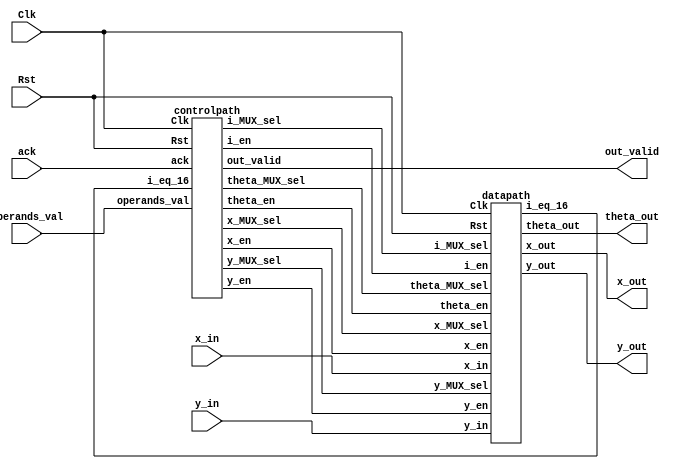

module CORDDICvectoring(
  input signed [15:0] x_in, y_in,
    input operands_val,
    input Clk, Rst, ack,
    output signed [15:0] x_out, y_out, theta_out,
    output out_valid
);

    wire x_MUX_sel, y_MUX_sel, theta_MUX_sel, i_MUX_sel, x_en, y_en, theta_en, i_en;
    wire i_eq_16;


    datapath d1 (
        .x_in(x_in),
        .y_in(y_in),
        .Clk(Clk),
      	.Rst(Rst),
        .x_MUX_sel(x_MUX_sel),
        .y_MUX_sel(y_MUX_sel),
        .theta_MUX_sel(theta_MUX_sel),
        .i_MUX_sel(i_MUX_sel),
        .x_en(x_en),
        .y_en(y_en),
        .theta_en(theta_en),
        .i_en(i_en),
        .x_out(x_out),
        .y_out(y_out),
        .theta_out(theta_out),
        .i_eq_16(i_eq_16)
    );
        
    controlpath c1 (
        .ack(ack),
        .Rst(Rst),
        .Clk(Clk),
        .operands_val(operands_val),
        .i_eq_16(i_eq_16),
        .x_MUX_sel(x_MUX_sel),
        .y_MUX_sel(y_MUX_sel),
        .theta_MUX_sel(theta_MUX_sel),
        .i_MUX_sel(i_MUX_sel),
        .x_en(x_en),
        .y_en(y_en),
        .theta_en(theta_en),
        .i_en(i_en),
        .out_valid(out_valid)
    );

endmodule



//Datapath

module datapath(
  input signed [15:0] x_in, y_in, 
	input Clk, Rst,
	input x_MUX_sel, y_MUX_sel, theta_MUX_sel, i_MUX_sel, x_en, y_en, theta_en, i_en,
	output reg signed [15:0] x_out, y_out, theta_out,
	output i_eq_16
	);
	
	wire signed [15:0] x_MUX_out, y_MUX_out, theta_MUX_out, x_i, y_i;
	reg signed [15:0] x, y, theta, atan_out;
	reg [3:0] i;
  
	// Look Up Table

	always @(*)
		begin
          case(i)
				4'b0000: atan_out <= 16'b0011001001000100;
    				4'b0001: atan_out <= 16'b0001110110101100;
    				4'b0010: atan_out <= 16'b0000111110101101;
    				4'b0011: atan_out <= 16'b0000011111110101;
    				4'b0100: atan_out <= 16'b0000001111111110;
    				4'b0101: atan_out <= 16'b0000001000000000;
    				4'b0110: atan_out <= 16'b0000000100000000;
    				4'b0111: atan_out <= 16'b0000000010000000;
    				4'b1000: atan_out <= 16'b0000000001000000;
    				4'b1001: atan_out <= 16'b0000000000100000;
    				4'b1010: atan_out <= 16'b0000000000010000;
    				4'b1011: atan_out <= 16'b0000000000001000;
    				4'b1100: atan_out <= 16'b0000000000000100;
    				4'b1101: atan_out <= 16'b0000000000000010;
    				4'b1110: atan_out <= 16'b0000000000000001;
    				4'b1111: atan_out <= 16'b0000000000000000;
    			endcase
    	end		
	always @(posedge Clk)
		begin
          if (Rst)
          begin
          x_out <= 0;
          y_out <= 0;
          theta_out <= 0;
          end
          else 
          begin
          if (x_en)	x_out <= x_MUX_out; 
          if (y_en)	y_out <= y_MUX_out; 
          if (theta_en)	theta_out <= theta_MUX_out;
          end
          if (i_en)	i <= i + 1; else i <= 0;
		end
		
		
	always @(*)
      if (y_out[15] == 0)
		begin
			x = x_out + y_i;
			y = y_out - x_i;
			theta = theta_out + atan_out;			
    		end	
		else
		begin
			x = x_out - y_i;
			y = y_out + x_i;
			theta = theta_out - atan_out;			
    		end	
	
				
	assign x_MUX_out = x_MUX_sel ? x : x_in;
	assign y_MUX_out = y_MUX_sel ? y : y_in;
	assign theta_MUX_out = theta_MUX_sel ? theta : 0;
	assign i_eq_16 = (i == 15);
	assign x_i = x_out >>> i;
  	assign y_i = y_out >>> i;
	
endmodule

// ControlPath

module controlpath(
	input ack, Rst, Clk, operands_val, i_eq_16,
	output reg x_MUX_sel, y_MUX_sel, theta_MUX_sel, i_MUX_sel,
	output reg x_en, y_en, theta_en, i_en,
	output out_valid
);

  reg [1:0] state;
  reg [1:0] state_next;


//parameters to define the states

	parameter idle = 2'b00;
	parameter busy = 2'b01; 
	parameter done = 2'b10;


// Finding current state

always @(posedge Clk)
	begin
		if (Rst)
			state <= idle;
		else
			state <= state_next;
	end

//combinational logic to find next state

always @(*)
	case(state)
		idle : begin
			x_MUX_sel = 0;
			y_MUX_sel = 0;
			theta_MUX_sel = 0;
			i_MUX_sel = 0;
			x_en = 1;
			y_en = 1;
			theta_en = 1;
			i_en = 0;
			
			if (operands_val  == 1)  state_next = busy;
			else state_next = idle;
			
			end
			
		busy : begin
			x_MUX_sel = 1;
			y_MUX_sel = 1;
			theta_MUX_sel = 1;
			i_MUX_sel = 1;
			x_en = 1;
			y_en = 1;
			theta_en = 1;
			i_en = 1;
			
			if (i_eq_16  == 1)  state_next = done;
			else state_next = busy;
			
			end
			
		done : begin
			x_MUX_sel = 0;
			y_MUX_sel = 0;
			theta_MUX_sel = 0;
			x_en = 0;
			y_en = 0;
			i_en = 0;
			theta_en = 0;
         	i_MUX_sel = 0;
			
			if (ack == 1)  state_next = idle;
			else state_next = done;
			
			end
		endcase
			
//Assigning Output

  assign out_valid = (state == done);

endmodule